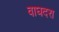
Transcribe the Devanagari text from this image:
वाघदरा